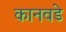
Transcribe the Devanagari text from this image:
कानवडे